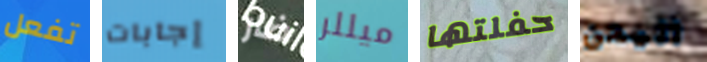
تفعل إجابات ضار ميللر حفلتها اليمن